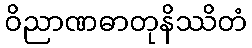
ဝိညာဏဓာတုနိဿိတံ